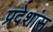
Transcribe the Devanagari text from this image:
प्रदेशांस